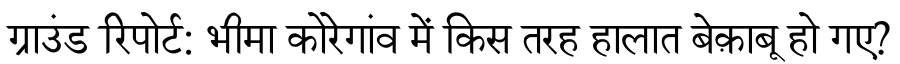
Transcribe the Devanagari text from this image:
ग्राउंड रिपोर्ट: भीमा कोरेगांव में किस तरह हालात बेक़ाबू हो गए?